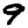
Digit: 9